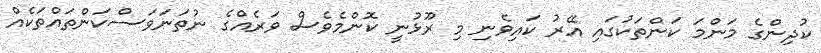
ކުދިންގެ މަންމަ ކަންތަކުގައި އޭރު ކައިވެނި މި ރޫޅުނީ ކޮންމެވެސް ވަރެއްގެ ނުތަނަވަސްކަންތައްތަކެއް